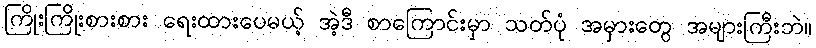
ကြိုးကြိုးစားစား ရေးထားပေမယ့် အဲ့ဒီ စာကြောင်းမှာ သတ်ပုံ အမှားတွေ အများကြီးဘဲ။